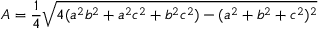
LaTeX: A = { \frac { 1 } { 4 } } { \sqrt { 4 ( a ^ { 2 } b ^ { 2 } + a ^ { 2 } c ^ { 2 } + b ^ { 2 } c ^ { 2 } ) - ( a ^ { 2 } + b ^ { 2 } + c ^ { 2 } ) ^ { 2 } } }